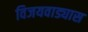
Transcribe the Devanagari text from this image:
विजयवाड्यास